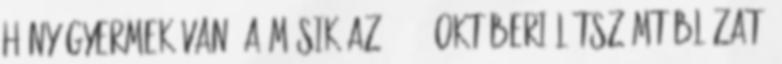
hány gyermek van. A másik az 1999. októberi létszámtáblázat,